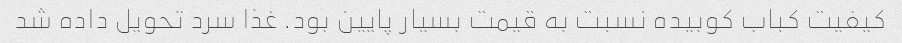
کیفیت کباب کوبیده نسبت به قیمت بسیار پایین بود. غذا سرد تحویل داده شد